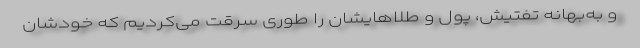
و به‌بهانه تفتیش، پول و طلاهایشان را طوری سرقت می‌کردیم که خودشان